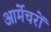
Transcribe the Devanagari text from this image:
आर्मेचरों